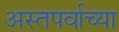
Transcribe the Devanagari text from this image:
अस्तपर्वाच्या